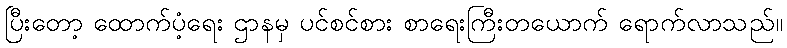
ပြီးတော့ ထောက်ပံ့ရေး ဌာနမှ ပင်စင်စား စာရေးကြီးတယောက် ရောက်လာသည်။